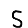
Digit: 5